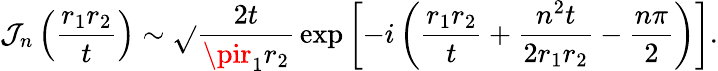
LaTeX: \mathcal{J}_{n}\left(\frac{{r_{1}r_{2}}}{{t}}\right)\sim\sqrt{}{{\frac{{2t}}{{\pir_{1}r_{2}}}}}\exp\left[-i\left(\frac{{r_{1}r_{2}}}{{t}}+\frac{{n^{2}t}}{{2r_{1}r_{2}}}-\frac{{n\pi}}{{2}}\right)\right].